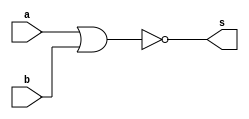
//---------------------
// Exemplo0007 - NOR
// Nome: Miguel Sousa
//---------------------

//---------------------
//--nor gate
//---------------------
module norgate (output s,
					  input  a,
					  input  b);
  assign s = ( ~( a | b ));
endmodule // nor

//---------------------
//--test nor gate
//---------------------
module testnorgate;
//-------------------------dados locais
reg a, b; // definir registradores
wire s;
			// definir conexao (fio)
//-------------------------instancia
norgate NOR1 (s, a, b);
//-------------------------preparacao
initial begin:start
				// atribuicao simultanea
				// dos valores iniciais
 a=0; b=0;
end
//-------------------------parte principal

initial begin
	$display("Exemplo0007 - Miguel Sousa - 463985");
	$display("Test NOR gate");
	$display("\n~(a | b) = s\n");
	a=0; b=0;
#1	$display("~(%b | %b) = %b", a, b, s);
	a=0; b=1;
#1	$display("~(%b | %b) = %b", a, b, s);
	a=1; b=0;
#1	$display("~(%b | %b) = %b", a, b, s);
	a=1; b=1;
#1	$display("~(%b | %b) = %b", a, b, s);
end

endmodule // testnorgate